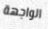
الواجهة